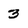
Character: 3